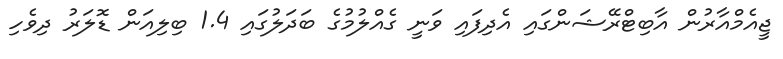
ޖީއެމްއާރުން އާބިޓްރޭޝަންގައި އެދިފައި ވަނީ ގެއްލުމުގެ ބަދަލުގައި 1.4 ބިލިއަން ޑޮލަރު ދިވެހި